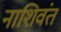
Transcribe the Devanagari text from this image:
नाशिवंत